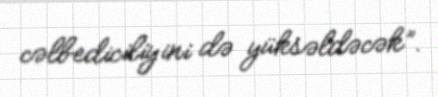
cəlbediciliyini də yüksəldəcək”.